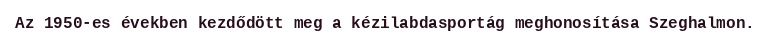
Az 1950-es években kezdődött meg a kézilabdasportág meghonosítása Szeghalmon.